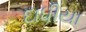
દાધીયા